Medical and sanitary report of the native army of Bengal for the year
Year: 1876
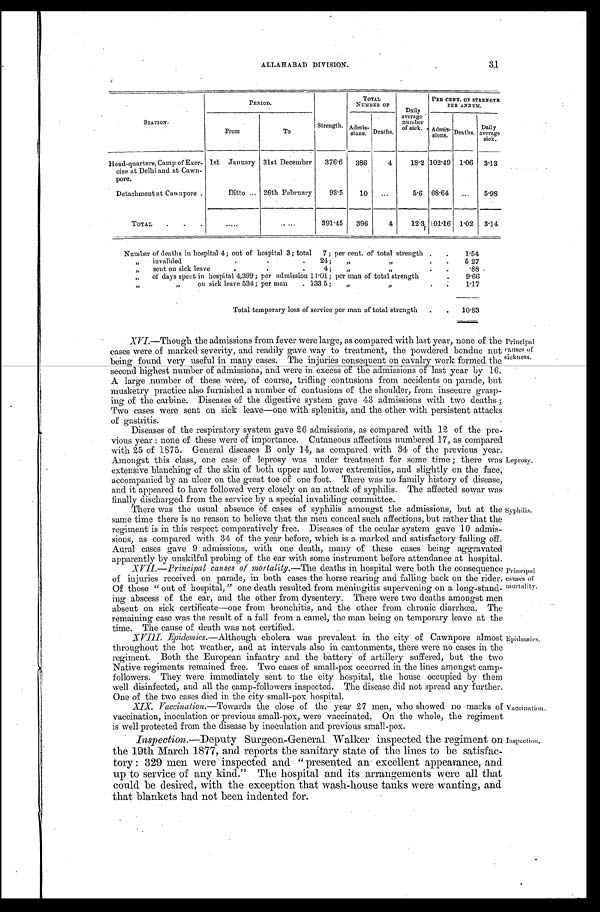
ALLAHABAD DIVISION.
31
STATION.
PERIOD.
Strength.
TOTAL
NUMBER OF
Daily
average
number
of sick.
PER CENT. OF STRENGTH
PER ANNUM.
From
To
Admis-
sions. Deaths.
Admis- sions. Deaths.
Daily
average
sick.
Head-quarters, Camp of Exer-
cise at Delhi and at Cawn-
pore.
1st January 31st December
3 7 6 . 6
386
4
1 8 . 2 102.49 1.06
3 . 1 3
Detachment at Cawnpore .
Ditto ... 26th February
93.5
10
...
5.6 68.64
...
5.98
TOTAL
.
.
.
.....
.....
391.45
396
4
12.3 101.16 1.02
3.14
Number of deaths in hospital 4; out of hospital 3; total
7; per cent. of total strength .
.
1.54
„
invalided
.
24;
„
. .
.
527
,,
sent on sick leave
,
4;
„
, ,
,
.88 -
, ,
of days spent in hospital 4,399; per admission 11.01; per man of total strength
.
9.66
,,
,,
on sick leave 534; per man
. 133 5;
„
,, ,
.
1.17
Total temporary loss of service per man of total strength
.
.
10.83
XVI.—Though the admissions from fever were large, as compared with last year, none of the
cases were of marked severity, and readily gave way to treatment, the powdered bonduc nut
being found. veryu s e f u l i n m a n y c a s e s . T h e i n j u r i e s c o n s e q u e n t o n c a v a l r y w o r k f o r m e d t h e
second hi ghest number of admi ssi ons, and wer e i n excess o t he admi ssi ons of l ast year by 16.
A large number of these were, of course, trifling contusions from accidents on parade, but
musketry practice also furnished a number of contusions of the shoulder, from insecure grasp-
ing of the carbine. Diseases of the digestive system gave 43 admissions with two deaths ;
Two cases were sent on sick leave—one with splenitis, and the other with persistent attacks of
gastritis. ---- -
Diseases of the respiratory system gave 26 admissions, as compared with 12 of the pre-
vious year : none of these were of importance. Cutaneous affections numbered 17, as compared
with 25 of 1875. General diseases B only 14, as compared with 34 of the previous year:
Amongst this class, one case of leprosy was under treatment for some time ; there was
extensive blanching of the skin of both upper and lower extremities, and slightly on the face,
accompanied by an ulcer on the great toe of one foot. There was no family history of disease,
and it appeared to have followed very closely on an attack of syphilis. The affected sowar was
finally discharged from the service by a special invaliding committee.
Principal
causes of
sick ness.
Leprosy.
There was the usual absence of cases of syphilis amongst the admissions, but at the
same time there is no reason to believe that the men conceal such affections, but rather that the
regiment is in this respect comparatively free. Diseases of the ocular system gave 10 admis-
sions, as compared with 34 of the year before, which is a marked and satisfactory falling off.
Aural cases gave 9 admissions, with one death, many of these cases being aggravated
apparently by unskilful probing of the ear with some instrument before attendance at hospital.
_
XVII—Principal causes of mortality.— The deaths in hospital were both the consequence
of injuries received on parade, in both cases the horse rearing and falling back on the rider
Of those " out of hospital," one death resulted from meningitis supervening on a long-stand-
iug abscess of the ear, and the other from dysentery. There were two deaths amongst me
n absent on sick certificate—one from bronchitis, and the other from chronic diarrhœa. Th
e r e m a i n i n g c a s e w a s t h e r e s u l t o f a f a l l f r o m a c a m e l , t h e m a n b e i n g o n t e m p o r a r y l e a v e a t t h e
time. The cause of death was not certified.
XVIII. Epidemics.—Although
cholera was prevalent in the city of Cawnpore almost
throughout the hot weather, and at intervals also in cantonments, there were no cases in the
regiment. Both the European infantry and the battery of artillery suffered, but the two
Native regiments remained free. Two cases of small-pox occurred in the lines amongst camp-
followers. They were immediately sent to the city hospital, the house occupied by them
well disinfected, and all the camp-followers inspected. The disease did not spread any further.
One of the two cases died in the city small-pox hospital.
XIX. Vaccination.—Towards the close of the year 27 men, who showed no marks of
vaccination, inoculation or previous small-pox, were vaccinated, On the whole, the regiment
is well protected from the disease by inoculation and previous small-pox.
Inspection.—Deputy Surgeon-General Walker inspected the regiment on
the 19th March 1877, and reports the sanitary state of the lines to be satisfac-
tory : 329 men were inspected and " presented an excellent appearance, and
up to service of any kind." The hospital and its arrangements were all that
could be desired, with the exception that wash-house tanks were wanting, and
that blankets had not been indented for.
Syphilis.
Vaccination.
Epidemics,
Principal
, causes of
, mortality.